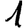
Digit: 1